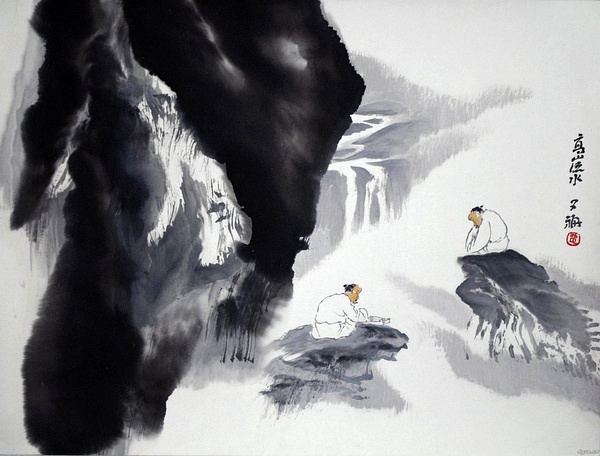
浮云柳絮无根蒂，天地阔远随飞扬。